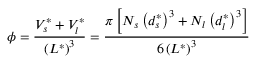
\phi = \frac { V _ { s } ^ { * } + V _ { l } ^ { * } } { \left( L ^ { * } \right) ^ { 3 } } = \frac { \pi \left[ N _ { s } \left( d _ { s } ^ { * } \right) ^ { 3 } + N _ { l } \left( d _ { l } ^ { * } \right) ^ { 3 } \right] } { 6 \left( L ^ { * } \right) ^ { 3 } }